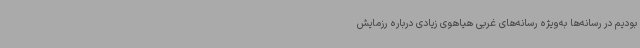
بودیم در رسانه‌ها به‌ویژه رسانه‌های غربی هیاهوی زیادی درباره رزمایش